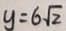
y = 6 \sqrt { 2 }